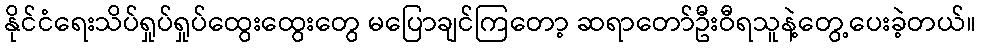
နိုင်ငံရေးသိပ်ရှုပ်ရှုပ်ထွေးထွေးတွေ မပြောချင်ကြတော့ ဆရာတော်ဦးဝီရသူနဲ့တွေ့ပေးခဲ့တယ်။